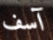
آسف